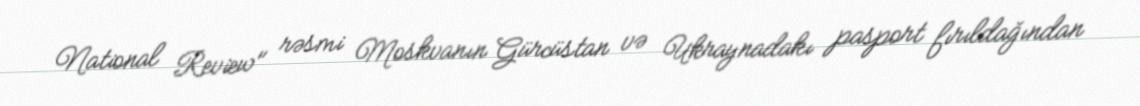
National Review" rəsmi Moskvanın Gürcüstan və Ukraynadakı pasport fırıldağından